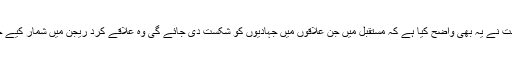
کرد حکومت نے یہ بھی واضح کیا ہے کہ مستقبل میں جن علاقوں میں جہادیوں کو شکست دی جائے گی وہ علاقے کرد ریجن میں شمار کیے جائیں گے۔